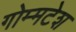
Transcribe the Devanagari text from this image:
गोम्मटेश